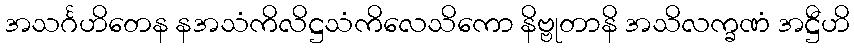
အသင်္ဂဟိတေန နအသံကိလိဋ္ဌသံကိလေသိကော နိဗ္ဗုတာနိ အသိလက္ခဏံ အဋ္ဌီဟိ